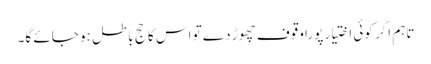
تاہم اگر کوئی اختیار پورا وقوف چھوڑ دے تو اس کا حج باطل ہو جائے گا۔